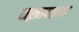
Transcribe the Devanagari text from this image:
मख़ाचक़ला